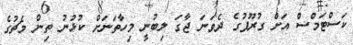
ކަސްޓަމްސް އަށް ގުރޫޕުގެ ދެވަނަ ޖާގަ ލިބުނީ މިހާތަނަށް ކުޅުނު ތިން މެޗުގެ